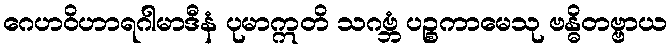
ဂေဟဝိဟာရဂါမာဒီနံ ပုမာဣတိ သဂဗ္ဘံ ပဉ္စကာမေသု ဗန္ဓိတဗ္ဗာယ